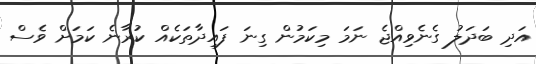
އަދި ބަދަލު ގެނެވިއްޖެ ނަމަ މިކަމުން ގިނަ ފައިދާތަކެއް ކުރާނެ ކަމަށް ވެސް